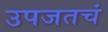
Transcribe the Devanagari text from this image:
उपजतचं